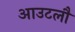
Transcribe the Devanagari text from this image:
आउटलौ